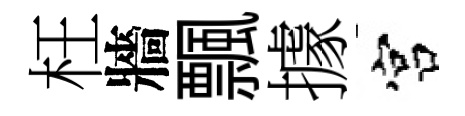
枉牆飄據宫